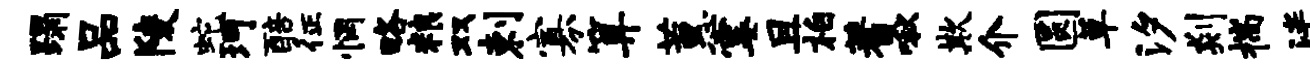
蹋品陵蛇珂醅征惘略粮双剌寡算蕙霎且柏蓍啾欺介圆草汐剡揣泮